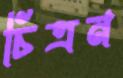
চিত্রন